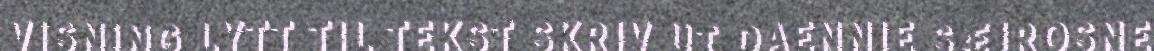
VISNING LYTT TIL TEKST SKRIV UT DAENNIE SÆJROSNE